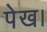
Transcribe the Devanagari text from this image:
पेख।